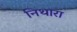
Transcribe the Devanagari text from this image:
निथारा